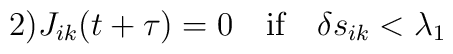
\mbox{2)}J_{ik}(t+\tau)=0\quad\mbox{if}\quad\delta  s_{ik}<\lambda_1